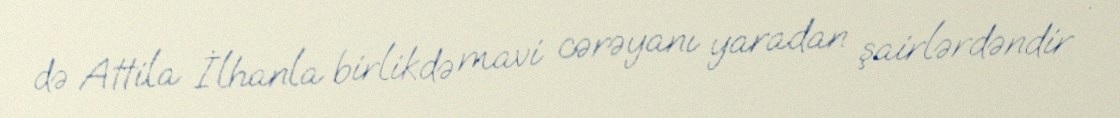
də Attila İlhanla birlikdə mavi cərəyanı yaradan şairlərdəndir .